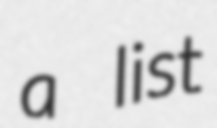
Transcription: a list